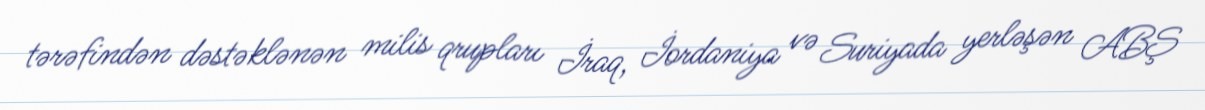
tərəfindən dəstəklənən milis qrupları İraq, İordaniya və Suriyada yerləşən ABŞ